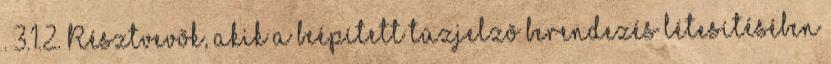
. 3.1.2. Résztvevõk, akik a beépített tûzjelzõ berendezés létesítésében